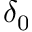
\delta _ { 0 }